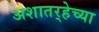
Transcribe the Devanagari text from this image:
अशातर्‍हेच्या